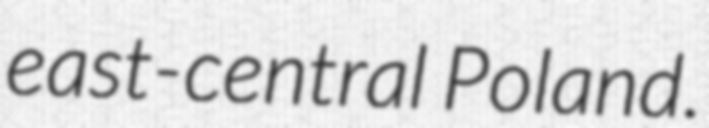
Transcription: east-central Poland.